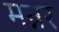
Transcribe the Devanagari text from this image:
मन्नर